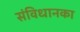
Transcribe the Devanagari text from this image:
संविधानका